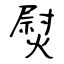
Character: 熨